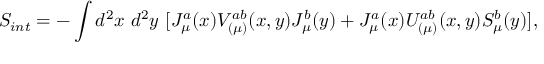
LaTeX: S _ { i n t } = - \int d ^ { 2 } x ~ d ^ { 2 } y ~ [ J _ { \mu } ^ { a } ( x ) V _ { ( \mu ) } ^ { a b } ( x , y ) J _ { \mu } ^ { b } ( y ) + J _ { \mu } ^ { a } ( x ) U _ { ( \mu ) } ^ { a b } ( x , y ) S _ { \mu } ^ { b } ( y ) ] ,